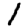
Digit: 1